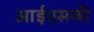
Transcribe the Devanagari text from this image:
आईएसजी